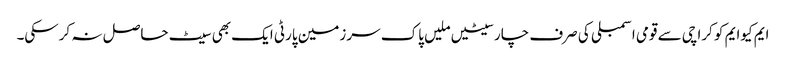
ایم کیوایم کو کراچی سے قومی اسمبلی کی صرف چارسیٹیں ملیں پاک سرزمین پارٹی ایک بھی سیٹ حاصل نہ کرسکی۔